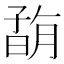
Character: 𡦇